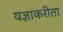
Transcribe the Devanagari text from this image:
यज्ञाकरीता